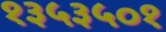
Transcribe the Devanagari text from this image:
१३५३५०१